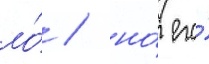
ло́ / но́ его́